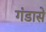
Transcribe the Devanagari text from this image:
गंडासे